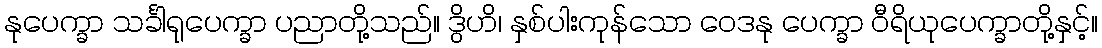
နုပေက္ခာ သင်္ခါရုပေက္ခာ ပညာတို့သည်။ ဒွိဟိ၊ နှစ်ပါးကုန်သော ဝေဒနု ပေက္ခာ ဝီရိယုပေက္ခာတို့နှင့်။